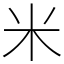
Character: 米